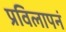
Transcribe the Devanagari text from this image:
प्रविलापनं